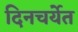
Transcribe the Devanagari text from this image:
दिनचर्येत